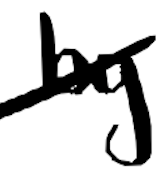
Text: by
Cross-out: diagonal
Writing tool: digital_black